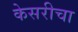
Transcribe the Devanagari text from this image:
केसरीचा